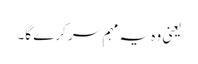
یعنی وہ یہ مہم سر کرے گا۔